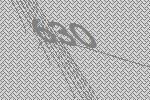
630